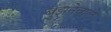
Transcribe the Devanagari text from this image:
बुझनेवाले